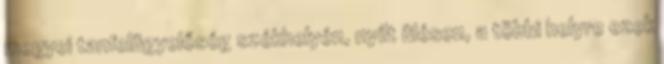
megyei tanfelügyelőség székhelyén, nyílt ülésen, a többi helyre ezek